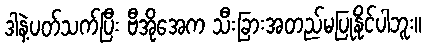
ဒါနဲ့ပတ်သက်ပြီး ဗီအိုအေက သီးခြားအတည်မပြုနိုင်ပါဘူး။